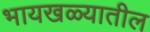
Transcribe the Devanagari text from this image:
भायखळ्यातील